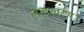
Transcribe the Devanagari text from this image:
लतास्वरूप